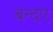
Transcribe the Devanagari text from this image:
बन्दए